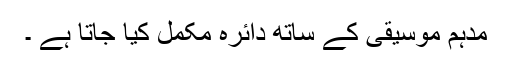
مدہم موسیقی کے ساتھ دائرہ مکمل کیا جاتا ہے ۔